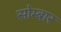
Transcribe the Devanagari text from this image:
सोम्बार